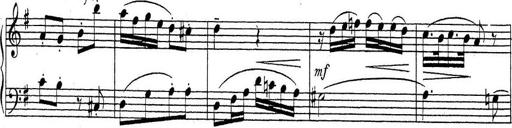
Title: ÄŒeskÃ© Sonatiny
Composer: Various